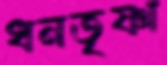
ধনতৃষ্ণা